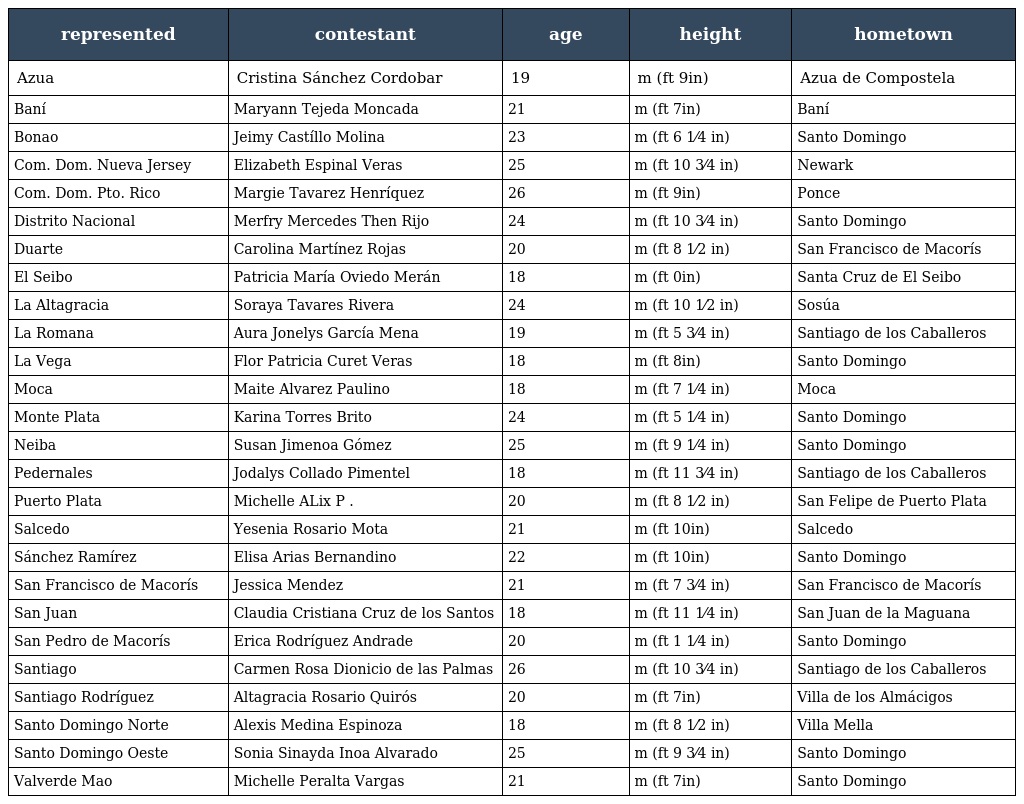
| represented | contestant | age | height | hometown |
 | --- | --- | --- | --- | --- |
 | Azua | Cristina Sánchez Cordobar | 19 | m (ft 9in) | Azua de Compostela |
 | Baní | Maryann Tejeda Moncada | 21 | m (ft 7in) | Baní |
 | Bonao | Jeimy Castíllo Molina | 23 | m (ft 6 1⁄4 in) | Santo Domingo |
 | Com. Dom. Nueva Jersey | Elizabeth Espinal Veras | 25 | m (ft 10 3⁄4 in) | Newark |
 | Com. Dom. Pto. Rico | Margie Tavarez Henríquez | 26 | m (ft 9in) | Ponce |
 | Distrito Nacional | Merfry Mercedes Then Rijo | 24 | m (ft 10 3⁄4 in) | Santo Domingo |
 | Duarte | Carolina Martínez Rojas | 20 | m (ft 8 1⁄2 in) | San Francisco de Macorís |
 | El Seibo | Patricia María Oviedo Merán | 18 | m (ft 0in) | Santa Cruz de El Seibo |
 | La Altagracia | Soraya Tavares Rivera | 24 | m (ft 10 1⁄2 in) | Sosúa |
 | La Romana | Aura Jonelys García Mena | 19 | m (ft 5 3⁄4 in) | Santiago de los Caballeros |
 | La Vega | Flor Patricia Curet Veras | 18 | m (ft 8in) | Santo Domingo |
 | Moca | Maite Alvarez Paulino | 18 | m (ft 7 1⁄4 in) | Moca |
 | Monte Plata | Karina Torres Brito | 24 | m (ft 5 1⁄4 in) | Santo Domingo |
 | Neiba | Susan Jimenoa Gómez | 25 | m (ft 9 1⁄4 in) | Santo Domingo |
 | Pedernales | Jodalys Collado Pimentel | 18 | m (ft 11 3⁄4 in) | Santiago de los Caballeros |
 | Puerto Plata | Michelle ALix P . | 20 | m (ft 8 1⁄2 in) | San Felipe de Puerto Plata |
 | Salcedo | Yesenia Rosario Mota | 21 | m (ft 10in) | Salcedo |
 | Sánchez Ramírez | Elisa Arias Bernandino | 22 | m (ft 10in) | Santo Domingo |
 | San Francisco de Macorís | Jessica Mendez | 21 | m (ft 7 3⁄4 in) | San Francisco de Macorís |
 | San Juan | Claudia Cristiana Cruz de los Santos | 18 | m (ft 11 1⁄4 in) | San Juan de la Maguana |
 | San Pedro de Macorís | Erica Rodríguez Andrade | 20 | m (ft 1 1⁄4 in) | Santo Domingo |
 | Santiago | Carmen Rosa Dionicio de las Palmas | 26 | m (ft 10 3⁄4 in) | Santiago de los Caballeros |
 | Santiago Rodríguez | Altagracia Rosario Quirós | 20 | m (ft 7in) | Villa de los Almácigos |
 | Santo Domingo Norte | Alexis Medina Espinoza | 18 | m (ft 8 1⁄2 in) | Villa Mella |
 | Santo Domingo Oeste | Sonia Sinayda Inoa Alvarado | 25 | m (ft 9 3⁄4 in) | Santo Domingo |
 | Valverde Mao | Michelle Peralta Vargas | 21 | m (ft 7in) | Santo Domingo |